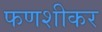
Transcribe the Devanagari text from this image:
फणशीकर